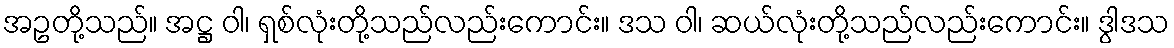
အဥတို့သည်။ အဋ္ဌ ဝါ၊ ရှစ်လုံးတို့သည်လည်းကောင်း။ ဒသ ဝါ၊ ဆယ်လုံးတို့သည်လည်းကောင်း။ ဒွါဒသ